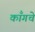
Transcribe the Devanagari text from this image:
काँगचे